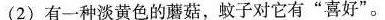
(2)有一种淡黄色的蘑菇，蚊子对它有”喜好”。